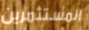
المستثمرين